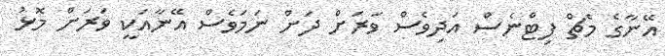
އޭނާގެ މެޗް ފިޓްނެސް އަދިވެސް ވަރަށް ދަށް ނަމަވެސް އޭނާއަކީ ވަރަށް މޮޅު